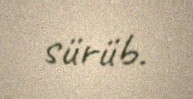
sürüb.